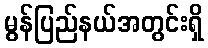
မွန်ပြည်နယ်အတွင်းရှိ